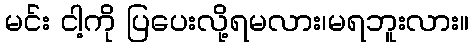
မင်း ငါ့ကို ပြပေးလို့ရမလား၊မရဘူးလား။